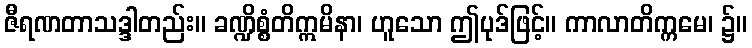
ဇီရဏတာသဒ္ဒါတည်း။ ခဏ္ဍိစ္စံတိဣမိနာ၊ ဟူသော ဤပုဒ်ဖြင့်။ ကာလာတိက္ကမေ၊ ၌။